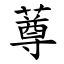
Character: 䔿